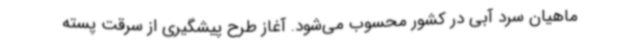
ماهیان سرد آبی در کشور محسوب می‌شود. آغاز طرح پیشگیری از سرقت پسته